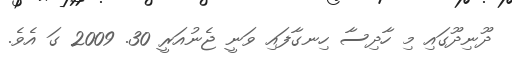
ދޫނިދޫގައި މި ހާދިސާ ހިނގާފައި ވަނީ ޖެނުއަރީ 30. 2009 ގަ އެވެ.